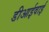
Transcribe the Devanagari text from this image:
डीआईवाई